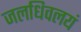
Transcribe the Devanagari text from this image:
जलधिवलयं